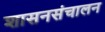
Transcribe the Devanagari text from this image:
शासनसंचालन